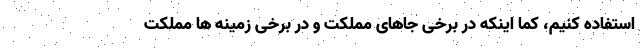
استفاده کنیم، کما اینکه در برخی جاهای مملکت و در برخی زمینه ها مملکت